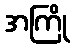
အကြို